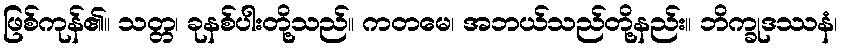
ဖြစ်ကုန်၏။ သတ္တ၊ ခုနစ်ပါးတို့သည်။ ကတမေ၊ အဘယ်သည်တို့နည်း။ ဘိက္ခုဒဿနံ၊